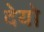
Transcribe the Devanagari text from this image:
देयो